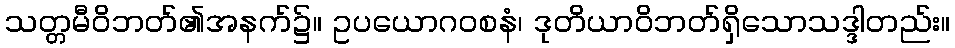
သတ္တမီဝိဘတ်၏အနက်၌။ ဥပယောဂဝစနံ၊ ဒုတိယာဝိဘတ်ရှိသောသဒ္ဒါတည်း။